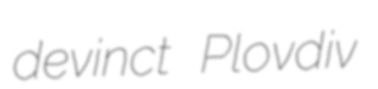
devinct Plovdiv